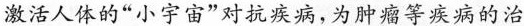
激活人体的“小宇宙”对抗疾病，为肿瘤等疾病的治